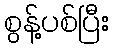
စွန့်ပစ်ပြီး